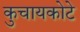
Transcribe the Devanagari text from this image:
कुचायकोटे